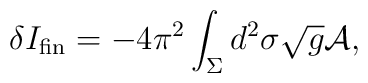
\delta I_{\rm fin} = - 4 \pi^2 \int_\Sigma d^2 \sigma \sqrt{g} {\cal A} ,